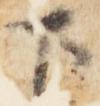
下